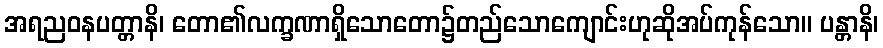
အရညဝနပတ္တာနိ၊ တော၏လက္ခဏာရှိသောတော၌တည်သောကျောင်းဟုဆိုအပ်ကုန်သော။ ပန္တာနိ၊